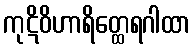
ကုဋိဝိဟာရိတ္ထေရဂါထာ